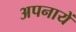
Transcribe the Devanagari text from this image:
अपनायें